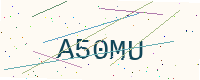
Text: A50MU